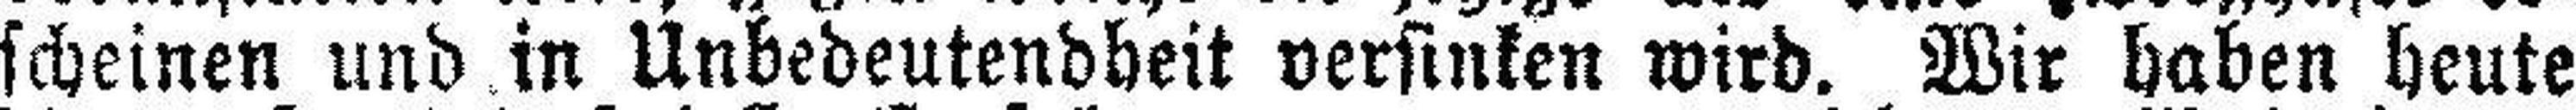
scheinen und in Unbedeutendheit versinken wird. Wir haben heute